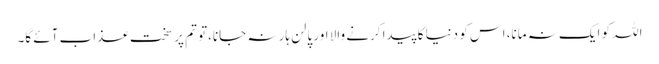
اللہ کو ایک نہ مانا، اس کو دنیا کا پیدا کرنے والا اور پالن ہار نہ جانا،تو تم پر سخت عذاب آئے گا۔